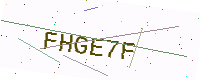
Text: FHGE7F